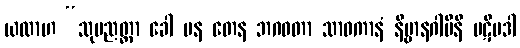
ယထာဟ “သုပညတ္တာ ခေါ ပန တေန ဘဂဝတာ သာဝကာနံ နိဗ္ဗာနဂါမိနီ ပဋိပဒါ